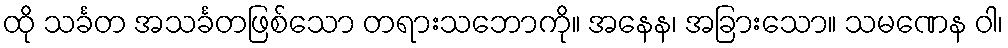
ထို သင်္ခတ အသင်္ခတဖြစ်သော တရားသဘောကို။ အနေန၊ အခြားသော။ သမဏေန ဝါ၊